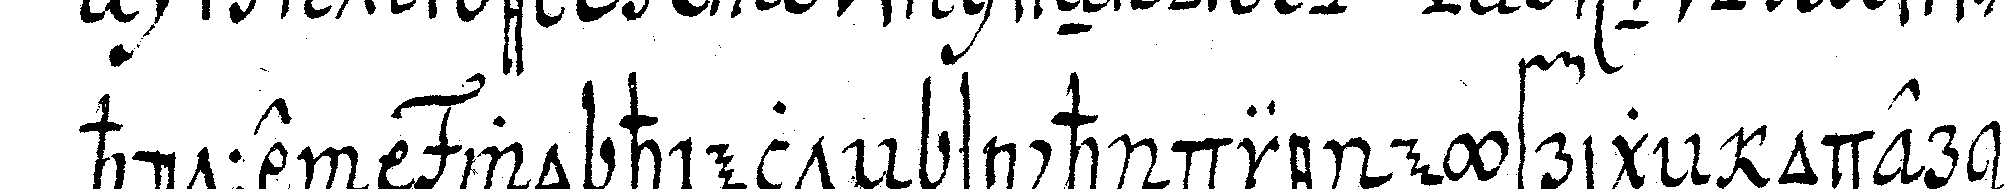
hütte  wo hielteN sich die eyfrigeN oder äl